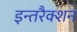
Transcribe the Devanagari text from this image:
इन्तरैक्शन